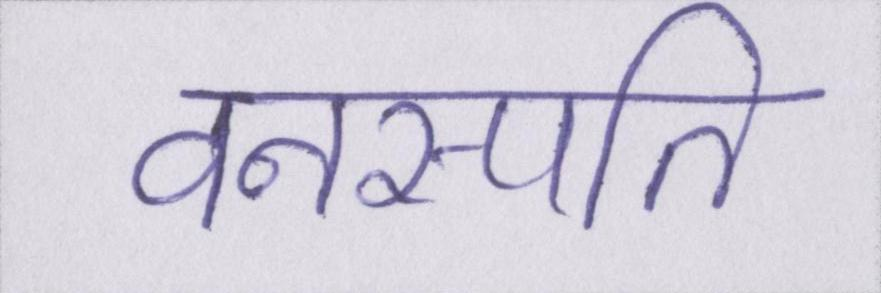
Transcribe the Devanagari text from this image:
वनस्पति